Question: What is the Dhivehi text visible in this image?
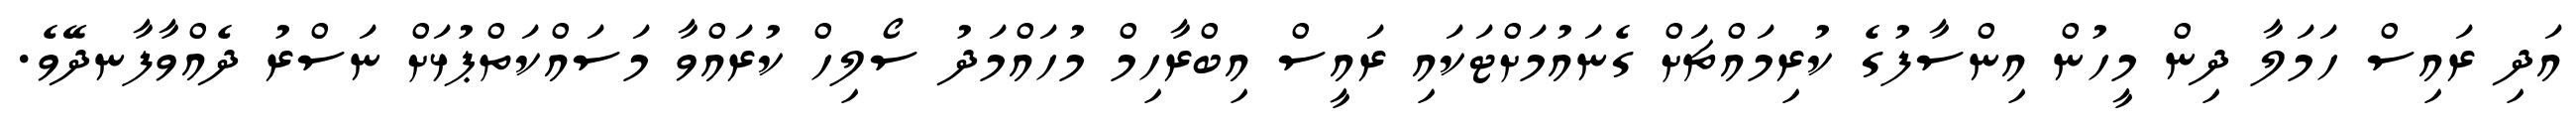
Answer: އަދި ރައިސް ހަމަލާ ދިން މީހުން އިންސާފުގެ ކުރިމައްޗަށް ގެނައުމަށްޓަކައި ރައީސް އިބްރާހިމް މުހައްމަދު ސޯލިހް ކުރައްވާ މަސައްކަތްޕުޅަށް ނަސްރު ދެއްވާފާނދޭވެ.